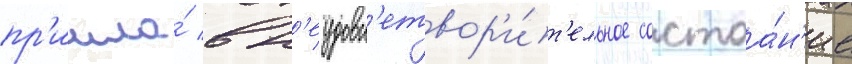
пр'ишла́ в н'еудовл'етвор'и́т'ельное состоа́н'ие